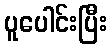
ပူပေါင်းပြီး